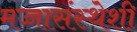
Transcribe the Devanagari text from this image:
मज्जासंस्थेशी